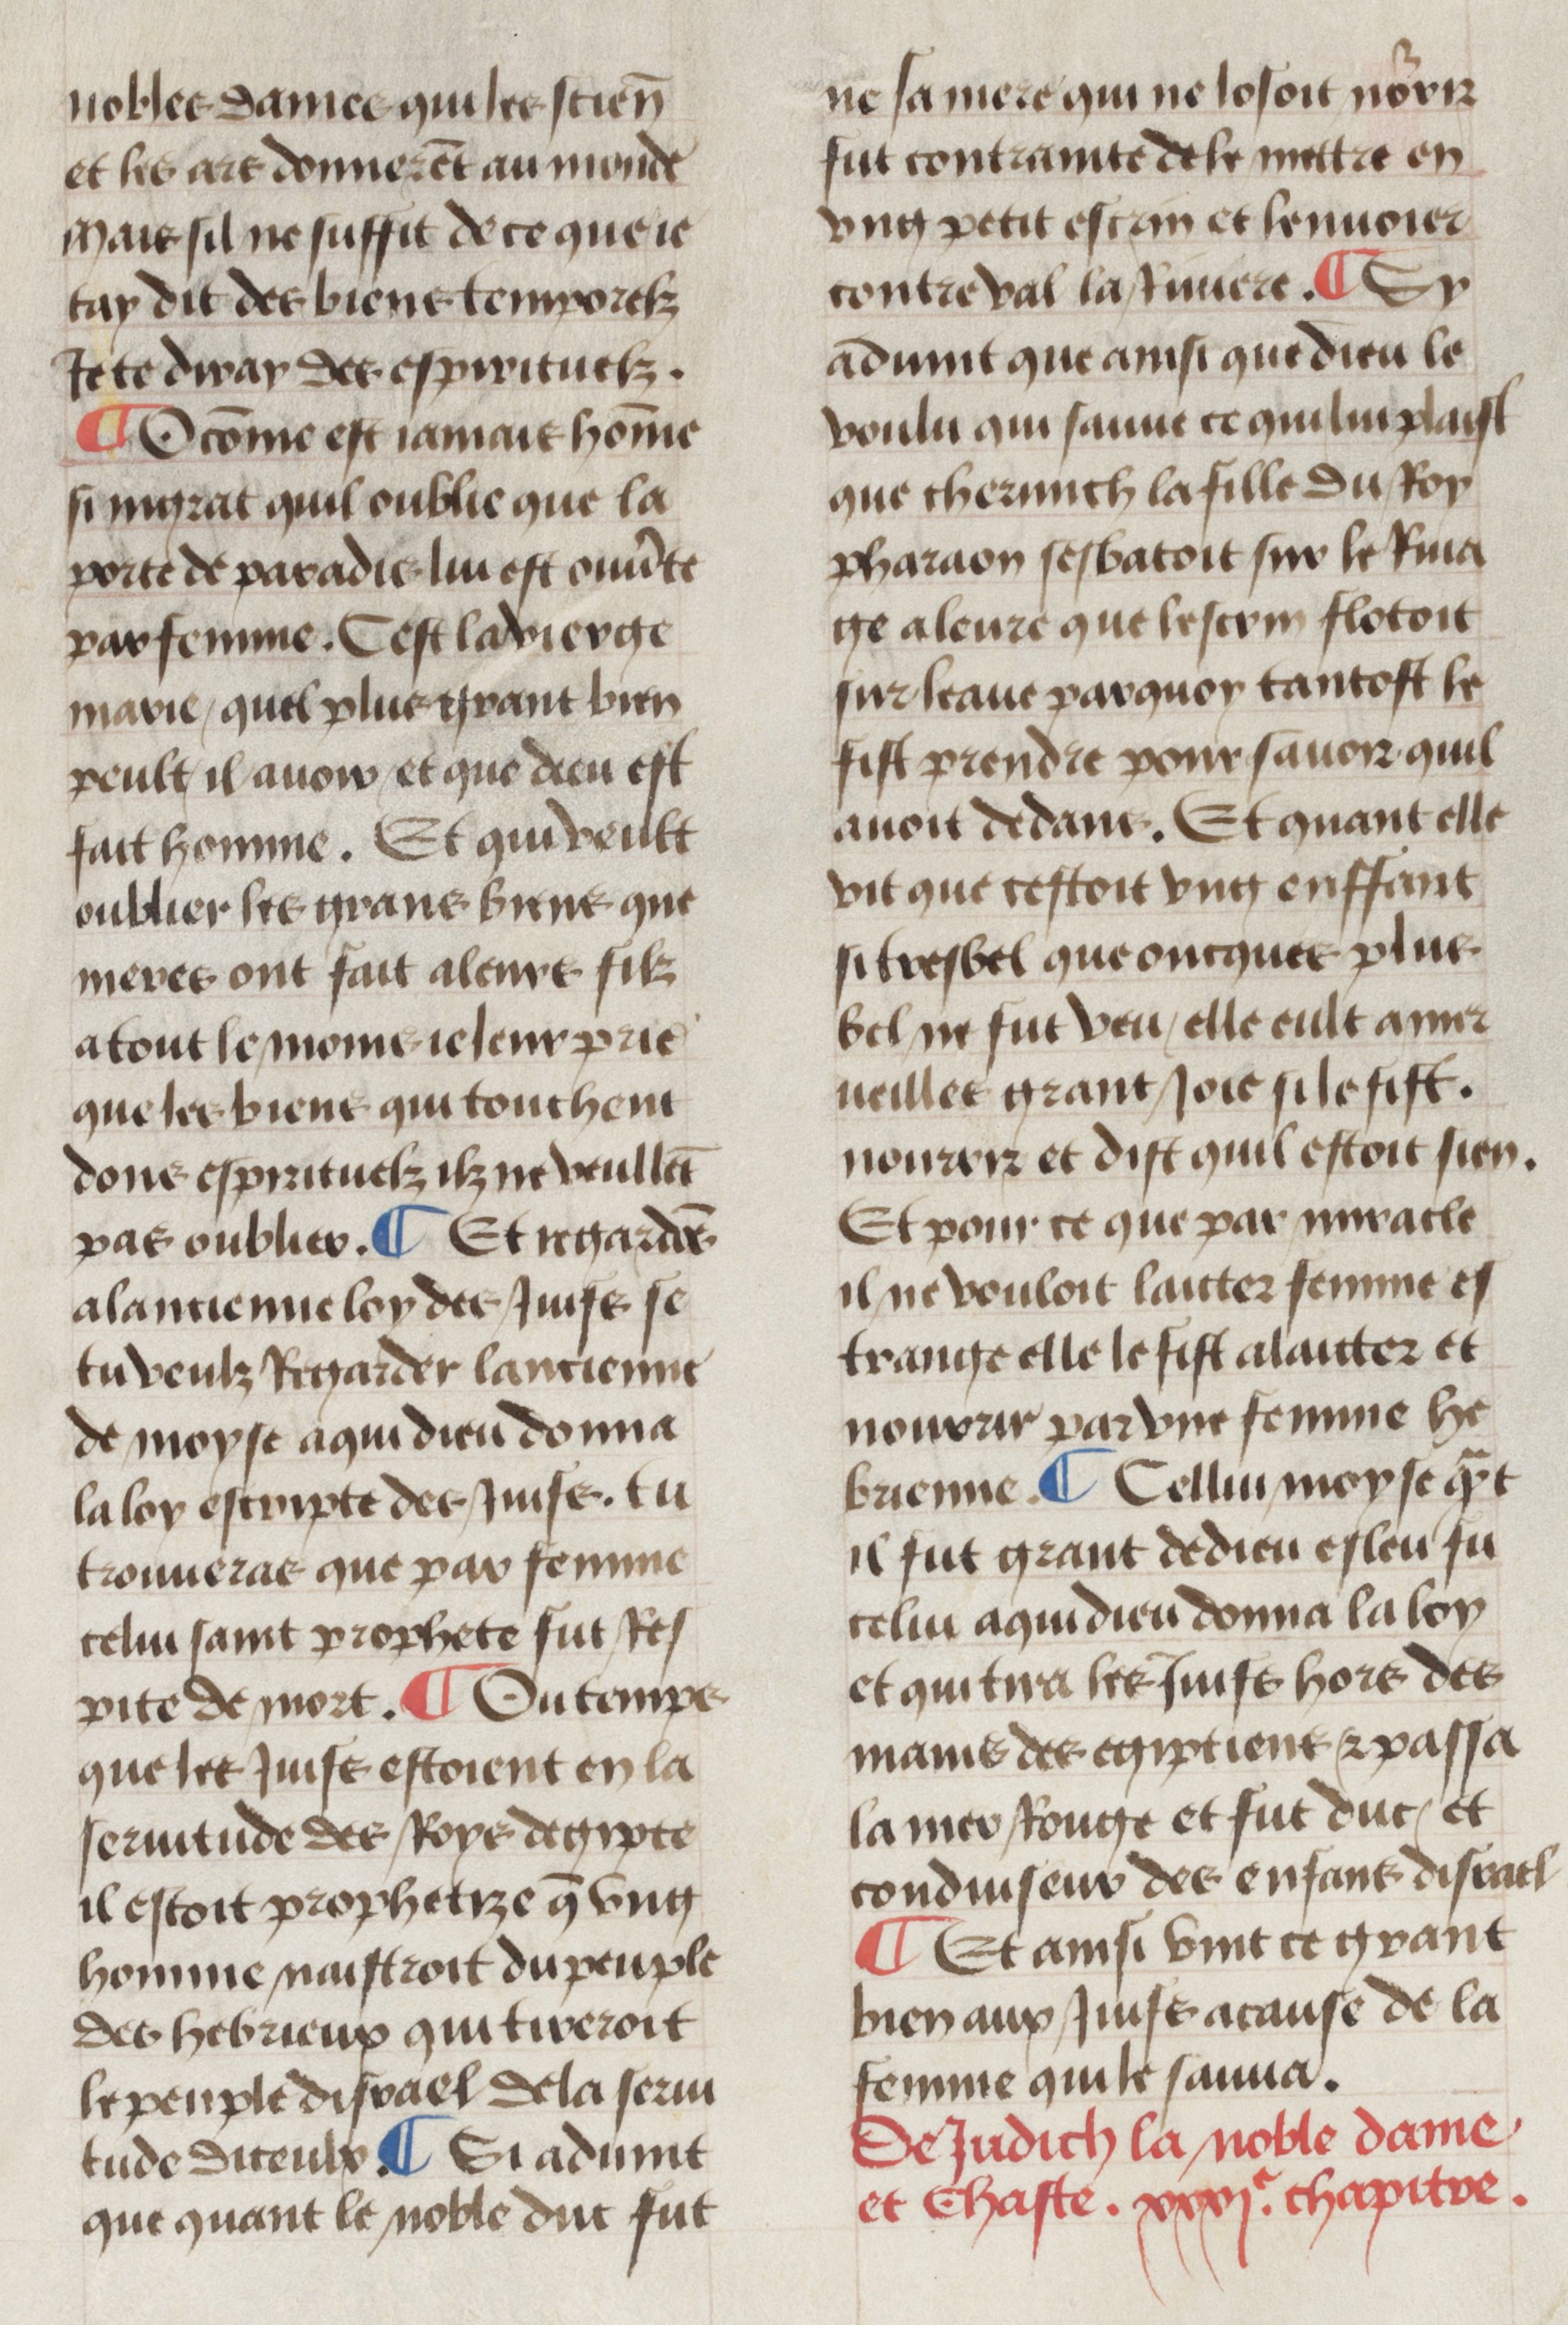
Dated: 1450–1499